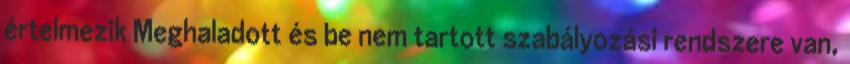
értelmezik Meghaladott és be nem tartott szabályozási rendszere van,